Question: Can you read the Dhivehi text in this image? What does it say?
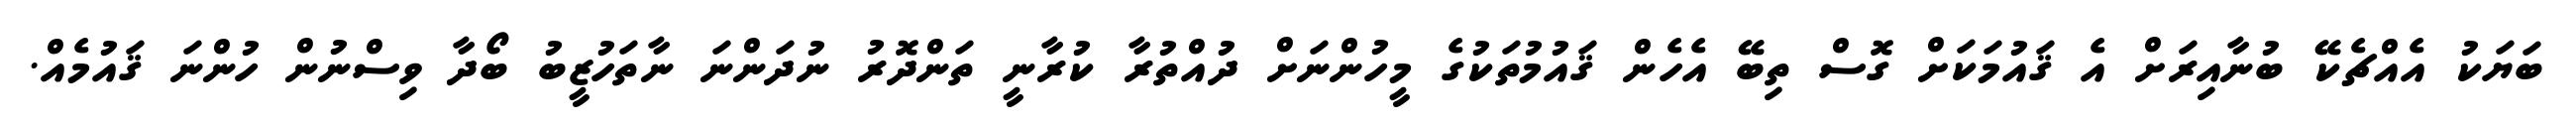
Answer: ބަޔަކު އެއްޗެކޭ ބުނާއިރަށް އެ ޤައުމަކަށް ގޮސް ތިބޭ އެހެން ޤައުމުތަކުގެ މީހުންނަށް ދުއްތުރާ ކުރާނީ ތަންދޮރު ނުދަންނަ ނާތަހުޒީބު ބޯދާ ވިސްނުން ހުންނަ ޤައުމެއް.